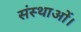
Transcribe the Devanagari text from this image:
संस्थाओं।